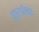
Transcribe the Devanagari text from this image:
चतुरंगविनोद